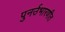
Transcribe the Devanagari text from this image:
पुनर्उभारणीत